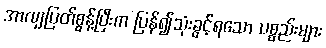
အာလျပြတ်စွန့်ပြီးက ပြန်၍သုံးခွင့်ရသော ပစ္စည်းများ